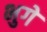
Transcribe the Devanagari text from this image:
भुगे